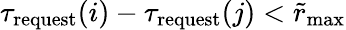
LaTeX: {\tau_{\mathrm{request}}(i)-\tau_{\mathrm{request}}(j)<\tilde{r}_{\mathrm{max}}}